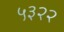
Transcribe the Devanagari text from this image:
५३२२